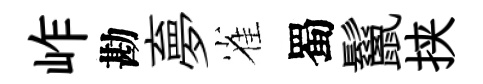
岞勘夣雀蜀鬣挟